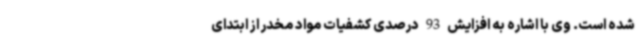
شده است. وی با اشاره به افزایش 93 درصدی کشفیات مواد مخدر از ابتدای